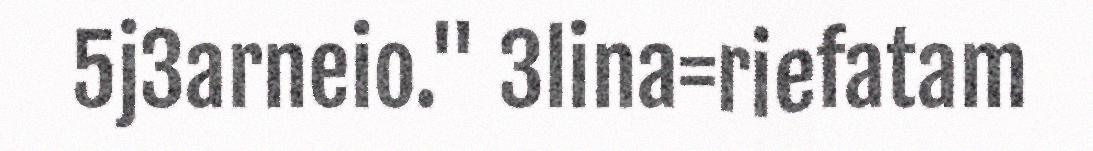
5j3arneio." 3lina=riefatam